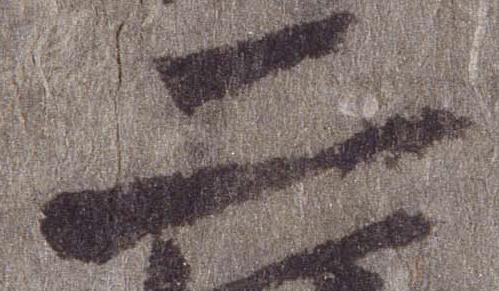
二